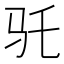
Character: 𱄽